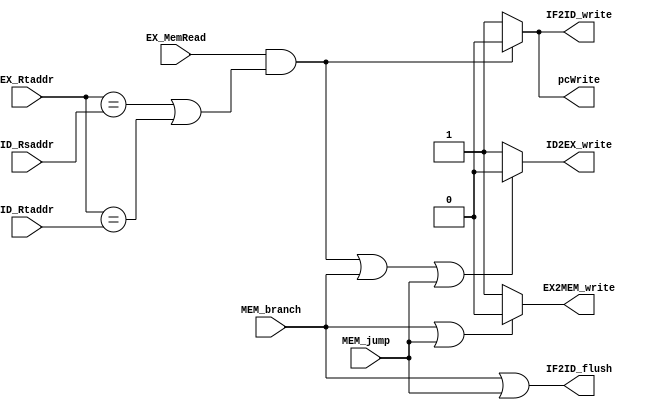
module Hazard_Detect_Unit(MEM_branch, MEM_jump, EX_Rtaddr, ID_Rsaddr, ID_Rtaddr, EX_MemRead, pcWrite, ID2EX_write, IF2ID_write, IF2ID_flush, EX2MEM_write);
input MEM_branch;
input MEM_jump;
input      [5-1:0] EX_Rtaddr;
input      [5-1:0] ID_Rsaddr;
input      [5-1:0] ID_Rtaddr;
input       EX_MemRead;

output wire pcWrite;
output wire ID2EX_write;
output wire IF2ID_write;
output wire IF2ID_flush;
output wire EX2MEM_write;
//10for EX hazard 01 for MEM hazard
assign pcWrite=(EX_MemRead &&(EX_Rtaddr==ID_Rsaddr || EX_Rtaddr==ID_Rtaddr))?0:1;
assign ID2EX_write=(EX_MemRead &&(EX_Rtaddr==ID_Rsaddr || EX_Rtaddr==ID_Rtaddr)||MEM_branch || MEM_jump)?0:1;
assign IF2ID_write=(EX_MemRead &&(EX_Rtaddr==ID_Rsaddr || EX_Rtaddr==ID_Rtaddr))?0:1;
assign IF2ID_flush=(MEM_branch |MEM_jump);
assign EX2MEM_write=( MEM_branch||MEM_jump)?0:1;

endmodule